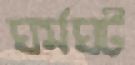
ঘর্মঘট